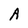
Character: A